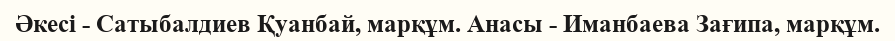
Әкесі - Сатыбалдиев Қуанбай, марқұм. Анасы - Иманбаева Зағипа, марқұм.